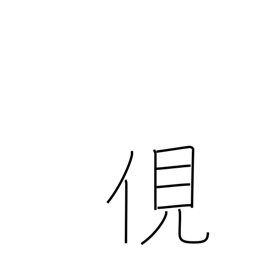
Meaning: spy on